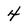
Character: 4